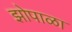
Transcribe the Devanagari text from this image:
झोपाळा